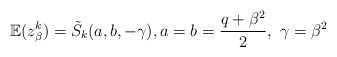
\begin{align*}\mathbb{E}(z_{\beta}^{k})=\tilde{S}_{k}(a,b,-\gamma), a=b=\frac{q+\beta^2}{2}, \, \, \gamma=\beta^2\end{align*}